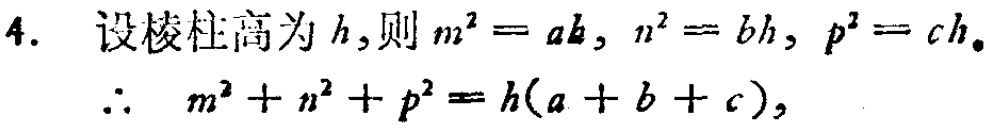
4. 设棱柱高为\(h\)，则\(m^{2}=ah\)，\(n^{2}=bh\)，\(p^{2}=ch\)。

\(\therefore\) \(m^{2}+n^{2}+p^{2}=h(a + b + c)\)，